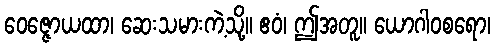
ဝေဇ္ဇောယထာ၊ ဆေးသမားကဲ့သို့။ ဧဝံ၊ ဤအတူ။ ယောဂါဝစရော၊